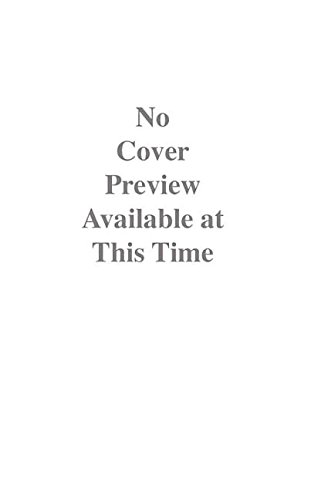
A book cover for Dead Letters Anthology; Science Fiction & Fantasy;